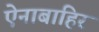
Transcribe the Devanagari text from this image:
ऐनाबाहिर